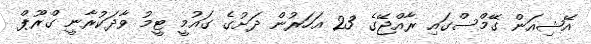
އޭޝިއަން ގޭމްސްގައި ރާއްޖޭގެ 23 އަހަރުން ދަށުގެ ގައުމީ ޓީމު ވާދަކުރާނީ ގްރޫޕް